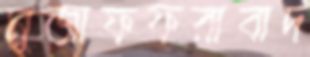
মুজাফফরাবাদ